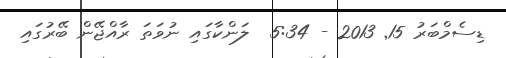
ޑިސެމްބަރު 15